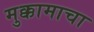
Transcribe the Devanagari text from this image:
मुक्कामाचा